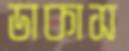
ডাকাস